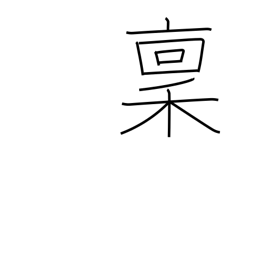
Meaning: salary in rice